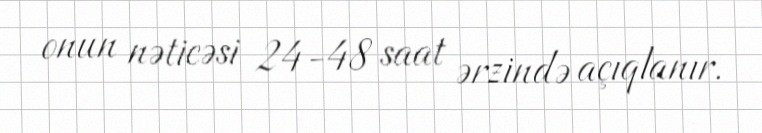
onun nəticəsi 24-48 saat ərzində açıqlanır.